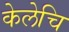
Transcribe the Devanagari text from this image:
केलेचि